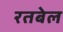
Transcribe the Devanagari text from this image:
रतबेल